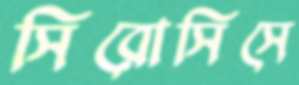
সিরোসিসে